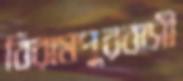
বিরামপুরবাসী